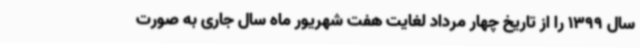
سال 1399 را از تاریخ چهار مرداد لغایت هفت شهریور ماه سال جاری به صورت